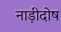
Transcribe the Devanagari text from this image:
नाड़ीदोष